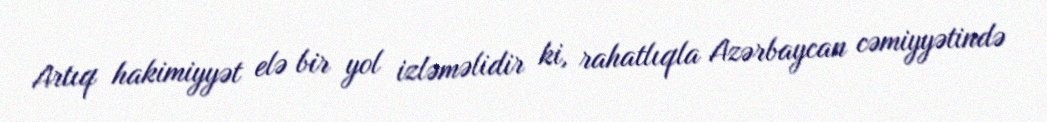
Artıq hakimiyyət elə bir yol izləməlidir ki, rahatlıqla Azərbaycan cəmiyyətində